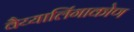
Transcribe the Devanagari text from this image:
वैय्यालिंगाकोण